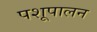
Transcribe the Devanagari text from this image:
पशूपालन